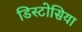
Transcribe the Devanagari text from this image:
डिस्टोसिया